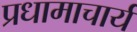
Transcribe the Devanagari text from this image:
प्रधामाचार्य